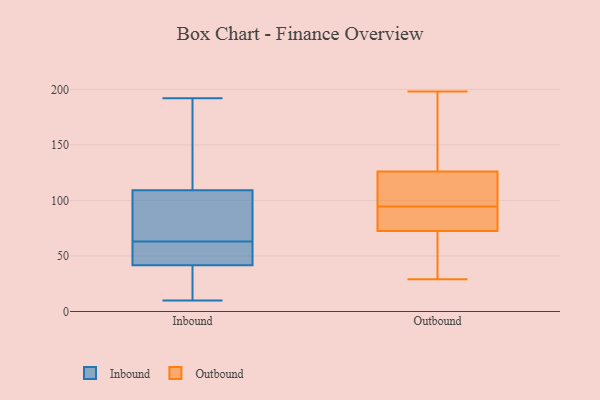
{"axis": {"x": "Net Income (USD K)", "y": "Value"}, "legend": ["Inbound", "Outbound"], "data": [{"x": "", "y": 64, "type": "Inbound"}, {"x": "", "y": 180, "type": "Inbound"}, {"x": "", "y": 41, "type": "Inbound"}, {"x": "", "y": 10, "type": "Inbound"}, {"x": "", "y": 97, "type": "Inbound"}, {"x": "", "y": 93, "type": "Inbound"}, {"x": "", "y": 192, "type": "Inbound"}, {"x": "", "y": 21, "type": "Inbound"}, {"x": "", "y": 168, "type": "Inbound"}, {"x": "", "y": 42, "type": "Inbound"}, {"x": "", "y": 43, "type": "Inbound"}, {"x": "", "y": 125, "type": "Inbound"}, {"x": "", "y": 104, "type": "Inbound"}, {"x": "", "y": 60, "type": "Inbound"}, {"x": "", "y": 47, "type": "Inbound"}, {"x": "", "y": 12, "type": "Inbound"}, {"x": "", "y": 63, "type": "Inbound"}, {"x": "", "y": 75, "type": "Outbound"}, {"x": "", "y": 85, "type": "Outbound"}, {"x": "", "y": 198, "type": "Outbound"}, {"x": "", "y": 46, "type": "Outbound"}, {"x": "", "y": 94, "type": "Outbound"}, {"x": "", "y": 106, "type": "Outbound"}, {"x": "", "y": 70, "type": "Outbound"}, {"x": "", "y": 165, "type": "Outbound"}, {"x": "", "y": 183, "type": "Outbound"}, {"x": "", "y": 97, "type": "Outbound"}, {"x": "", "y": 119, "type": "Outbound"}, {"x": "", "y": 68, "type": "Outbound"}, {"x": "", "y": 127, "type": "Outbound"}, {"x": "", "y": 80, "type": "Outbound"}, {"x": "", "y": 29, "type": "Outbound"}, {"x": "", "y": 95, "type": "Outbound"}, {"x": "", "y": 75, "type": "Outbound"}, {"x": "", "y": 125, "type": "Outbound"}, {"x": "", "y": 69, "type": "Outbound"}, {"x": "", "y": 193, "type": "Outbound"}]}